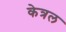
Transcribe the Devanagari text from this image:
केत्रल